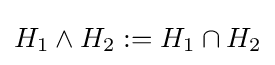
H_{1}\wedge H_{2}:=H_{1}\cap H_{2}